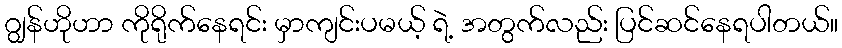
ဂျွန်ဟိုဟာ ကိုရိုက်နေရင်း မှာကျင်းပမယ့် ရဲ့ အတွက်လည်း ပြင်ဆင်နေရပါတယ်။